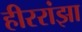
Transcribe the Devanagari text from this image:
हीररांझा